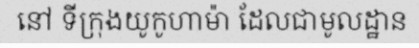
នៅ ទីក្រុងយូកូហាម៉ា ដែលជាមូលដ្ឋាន